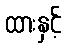
ထားနှင့်